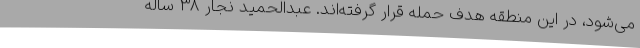
می‌شود، در این منطقه هدف حمله قرار گرفته‌اند. عبدالحمید نجار 38 ساله